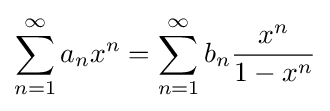
\sum _{n=1}^{\infty }a_{n}x^{n}=\sum _{n=1}^{\infty }b_{n}{\frac {x^{n}}{1-x^{n}}}